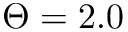
\Theta = 2 . 0